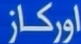
اورکاز